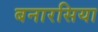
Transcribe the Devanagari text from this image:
बनारसिया